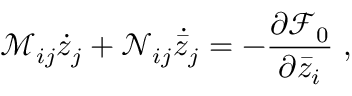
\mathcal M _ { i j } \dot { z } _ { j } + \mathcal N _ { i j } \dot { \bar { z } } _ { j } = - \ensuremath { \frac { \partial { \mathcal F } _ { 0 } } { \partial \bar { z } _ { i } } } \; ,